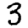
Digit: 3